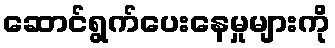
ဆောင်ရွက်ပေးနေမှုများကို